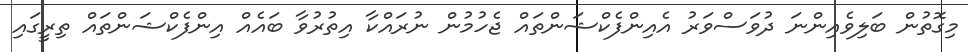
މިގޮތުން ބަލިވެއިންނަ ދުވަސްވަރު އެއިންފެކްޝަންތައް ޖެހުމުން ނުރައްކާ އިތުރުވާ ބައެއް އިންފެކްޝަންތައް ތިރީގައި